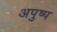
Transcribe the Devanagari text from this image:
अपुष्प